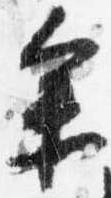
参